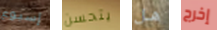
إسبوع يتحسن هل إخرج